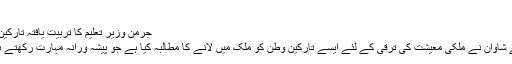
(04.10.2010)
جرمن وزير تعليم کا تربيت يافتہ تارکين وطن بلانے کا مطالبہ
جرمن وزير تعليم آنيتے شاوان نے ملکی معيشت کی ترقی کے لئے ايسے تارکين وطن کو ملک ميں لانے کا مطالبہ کيا ہے جو پيشہ ورانہ مہارت رکھتے ہوں اور تعليم يافتہ ہوں۔